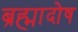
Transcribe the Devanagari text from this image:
ब्रह्मादोष